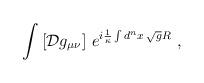
LaTeX: \begin{align*}\int\left[{\cal D}g_{\mu\nu}\right]\,e^{i\frac{1}{\kappa}\int d^nx\,\sqrt{g}R}\ ,\end{align*}